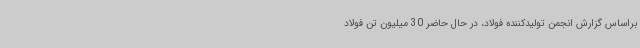
براساس گزارش انجمن تولیدکننده فولاد، در حال حاضر 30 میلیون تن فولاد